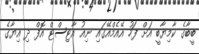
ބީބާގެ ކާމިޔާބީ އަށް ފަހު އޭއެމްއޭގައި ނިއު އާޓިސްޓް އޮފް ދި އިޔާގެ